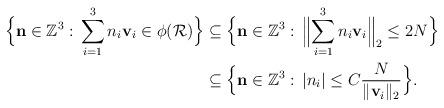
LaTeX: \begin{align*}\Bigl\{\mathbf{n}\in\mathbb{Z}^3:\,\sum_{i=1}^3n_i\mathbf{v}_i\in\phi(\mathcal{R})\Bigr\}&\subseteq\Bigl\{\mathbf{n}\in\mathbb{Z}^3:\,\Bigl\|\sum_{i=1}^3n_i\mathbf{v}_i\Bigr\|_2\le 2N\Bigr\}\\&\subseteq\Bigl\{\mathbf{n}\in\mathbb{Z}^3: \, |n_i|\le C\frac{N}{\|\mathbf{v}_i\|_2}\Bigr\}.\end{align*}